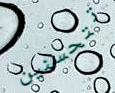
تتحسنين